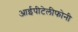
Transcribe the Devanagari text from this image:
आईपीटेलीफोनी